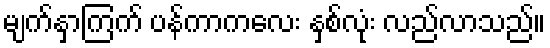
မျက်နှာကြက် ပန်ကာကလေး နှစ်လုံး လည်လာသည်။